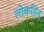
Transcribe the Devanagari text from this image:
लोकहित्